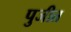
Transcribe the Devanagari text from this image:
पुजीत